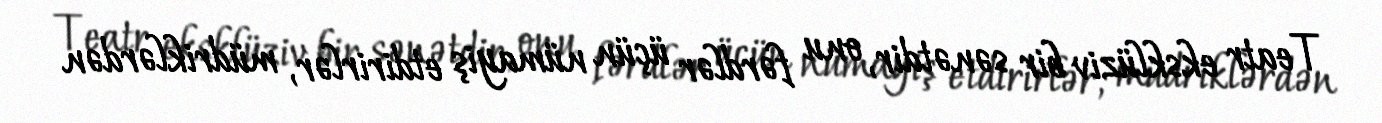
Teatr eksklüziv bir sənətdir, onu fərdlər üçün nümayiş etdirirlər, müdriklərdən